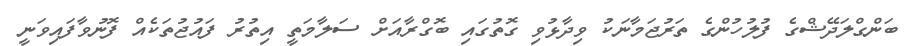
ބަންގްލަދޭޝްގެ ފުލުހުންގެ ތަރުޖަމާނަކު ވިދާޅުވި ގޮތުގައި ބޮގްރާއަށް ސަލާމަތީ އިތުރު ފައުޖުތަކެއް ފޮނުވާފައިވަނީ